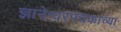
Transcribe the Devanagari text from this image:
ज्ञानेश्वरपंचकाच्या